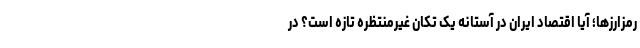
رمزارزها؛ آیا اقتصاد ایران در آستانه یک تکان غیرمنتظره تازه است؟ در